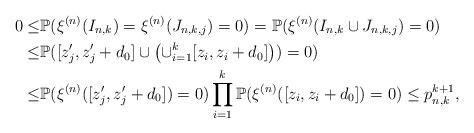
LaTeX: \begin{align*}0\leq&\mathbb{P}(\xi^{(n)}(I_{n,k})=\xi^{(n)}(J_{n,k,j})=0)=\mathbb{P}(\xi^{(n)}(I_{n,k}\cup J_{n,k,j})=0)\\ \leq&\mathbb{P}([z_j',z_j'+d_0]\cup \left(\cup_{i=1}^k[z_i,z_i+d_0]\right))=0)\\ \leq&\mathbb{P}(\xi^{(n)}([z_j',z_j'+d_0])=0)\prod_{i=1}^k\mathbb{P}(\xi^{(n)}([z_i,z_i+d_0])=0)\leq p_{n,k}^{k+1},\end{align*}